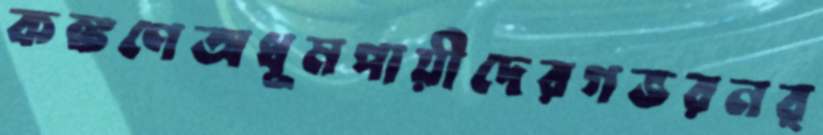
কঙ্কণেঅধূমপায়ীদেরগভরনর্